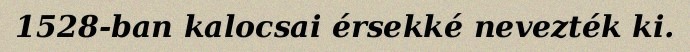
1528-ban kalocsai érsekké nevezték ki.